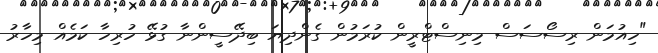
"ހިއުމަން ރިސޯސަސް މިނިސްޓްރީން ކުރަމުން ގެންދިޔަ ބިދޭސީންނާ ގުޅޭ ހުރިހާ ކަމެއް މިހާރު